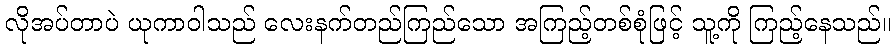
လိုအပ်တာပဲ ယုကာဝါသည် လေးနက်တည်ကြည်သော အကြည့်တစ်စုံဖြင့် သူ့ကို ကြည့်နေသည်။